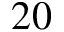
2 0